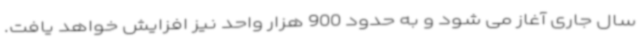
سال جاری آغاز می شود و به حدود 900 هزار واحد نیز افزایش خواهد یافت.